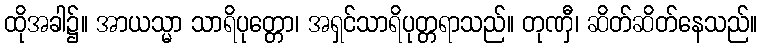
ထိုအခါ၌။ အာယသ္မာ သာရိပုတ္တော၊ အရှင်သာရိပုတ္တရာသည်။ တုဏှီ၊ ဆိတ်ဆိတ်နေသည်။